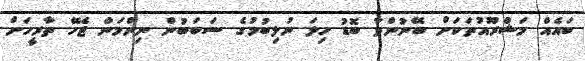
ބައެއް މަޝްރޫއުތަކަށް ބޭނުންވާ ބޮޑު ހިލަ ނުލިބުމުގެ ސަބަބުން ނިންމަން ޖެހޭ ތާރީހަށް